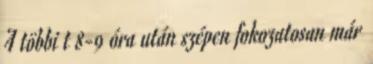
A többi t 8-9 óra után szépen fokozatosan már